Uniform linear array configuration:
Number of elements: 12
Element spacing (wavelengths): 0.25
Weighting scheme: exponential
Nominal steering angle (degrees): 0
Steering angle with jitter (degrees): -0.1728
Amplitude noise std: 0.05
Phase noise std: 0.05

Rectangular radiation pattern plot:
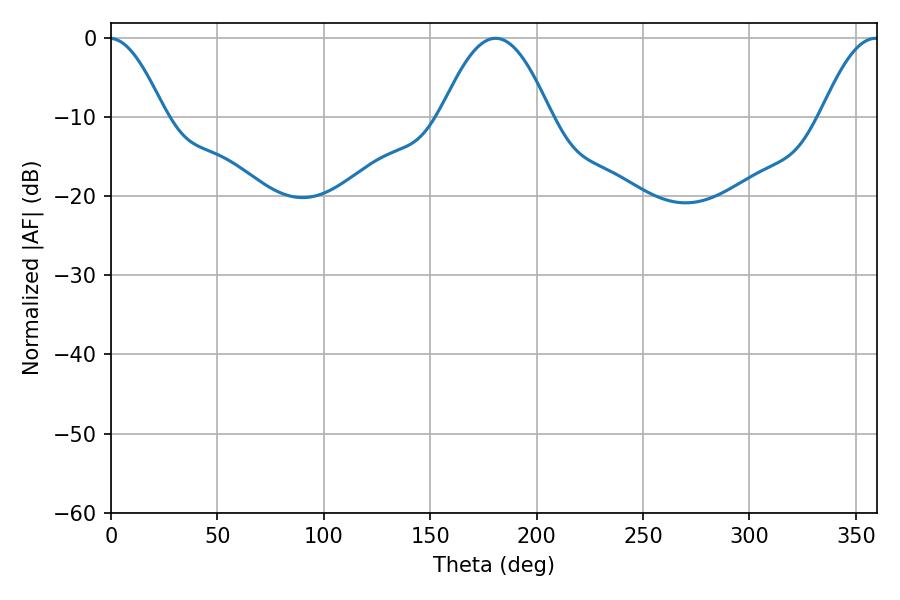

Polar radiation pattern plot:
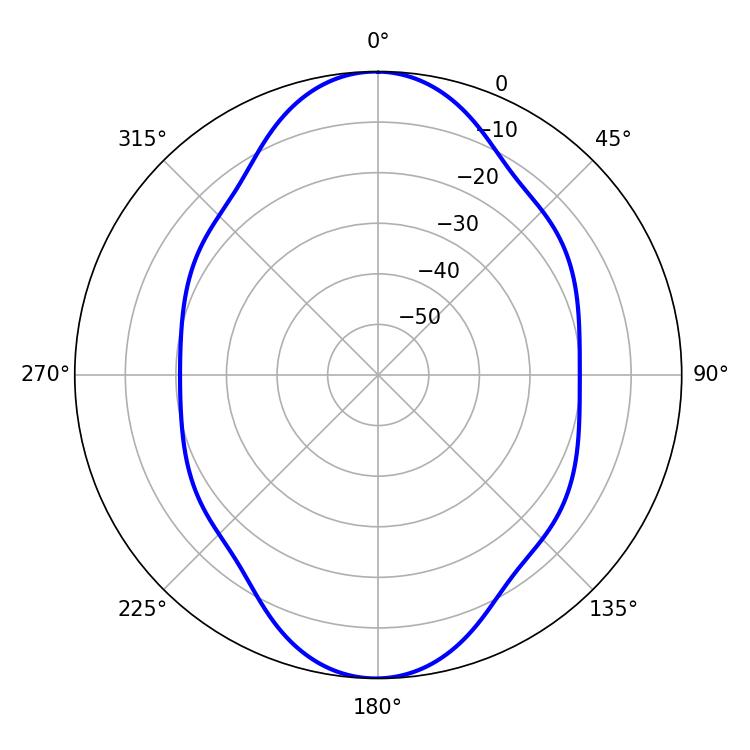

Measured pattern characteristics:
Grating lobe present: FALSE
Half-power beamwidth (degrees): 28.08
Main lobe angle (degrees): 180.72